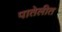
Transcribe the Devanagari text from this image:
पातेलीत